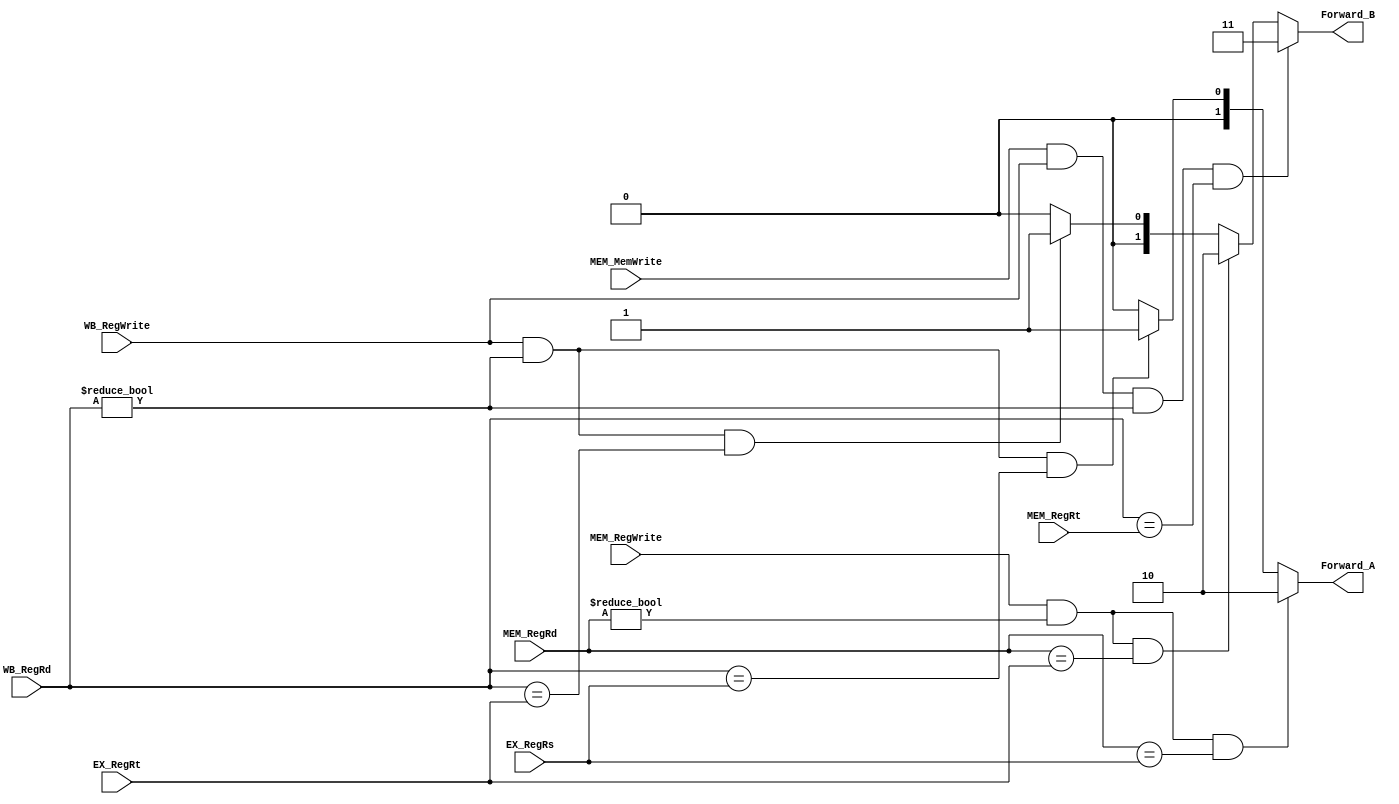
module Forwarding(MEM_RegWrite, MEM_RegRd, EX_RegRs, EX_RegRt, WB_RegWrite, WB_RegRd, MEM_MemWrite, MEM_RegRt,Forward_A, Forward_B);

input MEM_RegWrite,WB_RegWrite,MEM_MemWrite;
input[3:0] MEM_RegRd, EX_RegRs, EX_RegRt, WB_RegRd,MEM_RegRt; 
output[1:0] Forward_A, Forward_B;

wire EX_forward_A, EX_forward_B, MEM_EX_forward_A, MEM_EX_forward_B, MEM_MEM_forward_B; 

assign EX_forward_A =  (MEM_RegWrite & (MEM_RegRd != 0) & (MEM_RegRd == EX_RegRs));
assign EX_forward_B =  (MEM_RegWrite & (MEM_RegRd != 0) & (MEM_RegRd == EX_RegRt));
assign MEM_EX_forward_A = (WB_RegWrite & (WB_RegRd != 0) & (WB_RegRd == EX_RegRs));
assign MEM_EX_forward_B = (WB_RegWrite & (WB_RegRd != 0) & (WB_RegRd == EX_RegRt));

assign MEM_MEM_forward_B = (MEM_MemWrite & WB_RegWrite & (WB_RegRd != 0) & (WB_RegRd == MEM_RegRt));


assign Forward_A =  (EX_forward_A) ? 2'b10:
				    (MEM_EX_forward_A) ? 2'b01:
					2'b00; 							//no forwarding 



assign Forward_B =  (MEM_MEM_forward_B) ? 2'b11:	//only RD reg forwarded
		    (EX_forward_B)      ? 2'b10:
		    (MEM_EX_forward_B)  ? 2'b01:
					  2'b00; 							//no forwarding  


					
endmodule